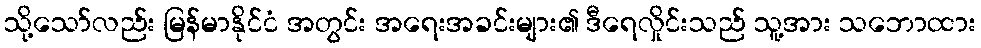
သို့သော်လည်း မြန်မာနိုင်ငံ အတွင်း အရေးအခင်းများ၏ ဒီရေလှိုင်းသည် သူ့အား သဘောထား